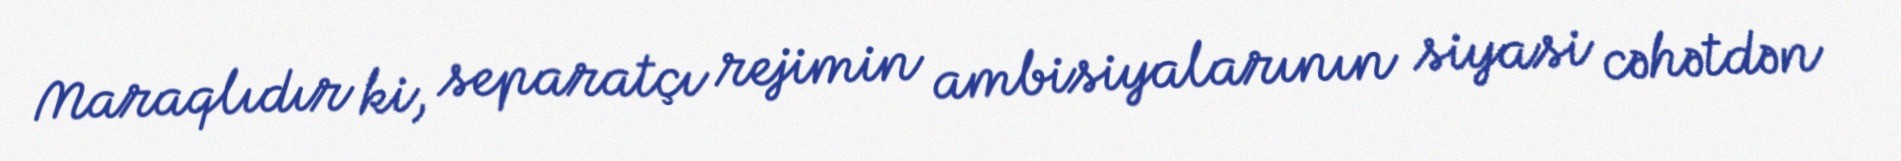
Maraqlıdır ki, separatçı rejimin ambisiyalarının siyasi cəhətdən